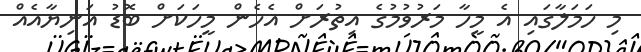
މި ހަމަލާގައި އެ މީހާ މަރުވުމުގެ އިތުރަށް އެހެން މީހަކަށް ބޮޑު އަނިޔާއެއްް